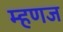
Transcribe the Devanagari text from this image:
म्हणज